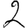
Digit: 2